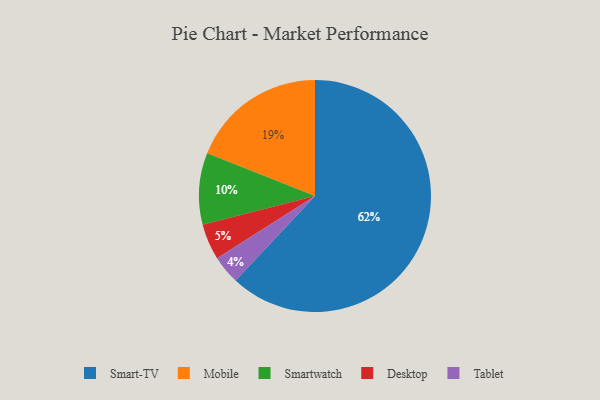
{"axis": {"x": "Category", "y": "Percentage"}, "legend": ["Desktop", "Mobile", "Smart-TV", "Smartwatch", "Tablet"], "data": [{"x": "Mobile", "y": 19, "type": "Mobile"}, {"x": "Smart-TV", "y": 62, "type": "Smart-TV"}, {"x": "Tablet", "y": 4, "type": "Tablet"}, {"x": "Smartwatch", "y": 10, "type": "Smartwatch"}, {"x": "Desktop", "y": 5, "type": "Desktop"}]}